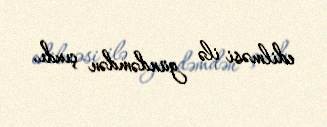
edilməsi ilə gündəmdən çıxdı.